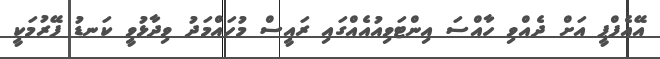
އޭއެފްޕީ އަށް ދެއްވި ހާއްސަ އިންޓަވިއުއެއްގައި ރައީސް މުހައްމަދު ވިދާޅުވީ ކަނޑު ފޭރުމަކީ